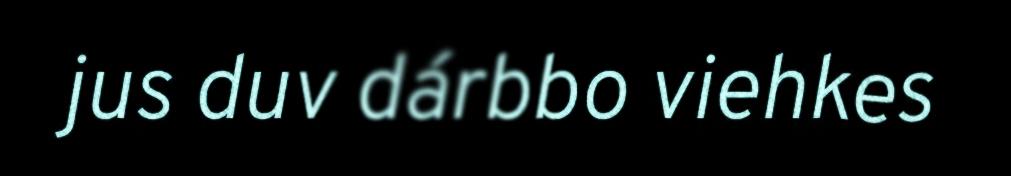
jus duv dárbbo viehkes